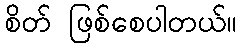
စိတ် ဖြစ်စေပါတယ်။